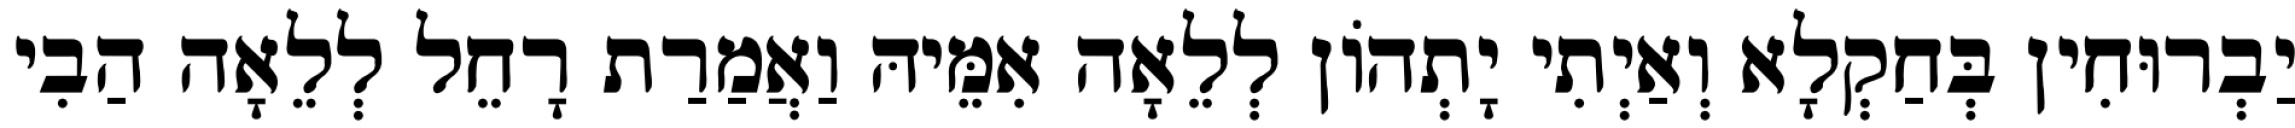
יַבְרוּחִין בְּחַקְלָא וְאַיְתִי יָתְהוֹן לְלֵאָה אִמֵּיהּ וַאֲמַרַת רָחֵל לְלֵאָה הַבִי